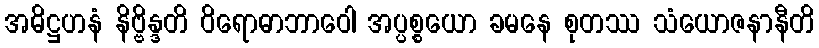
အဓိဋ္ဌဟနံ နိဗ္ဗိန္ဒတိ ဝိရောဓာဘာဝေါ အပ္ပစ္စယော ခမနေ စုတဿ သံယောဇနာနီတိ